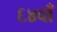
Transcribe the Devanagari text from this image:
६४वाँ